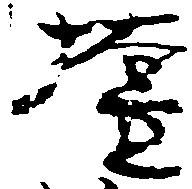
壇